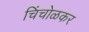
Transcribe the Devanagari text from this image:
चिंचोळकर